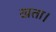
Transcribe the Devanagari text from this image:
खता।